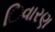
િવારણ